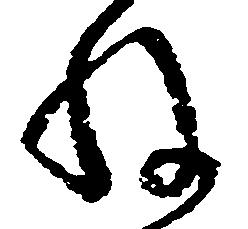
ね